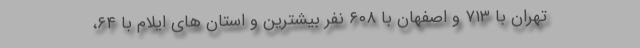
تهران با ۷۱۳ و اصفهان با ۶۰۸ نفر بیشترین و استان های ایلام با ۶۴،